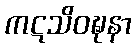
ကဋသိဝဍ္ဎနာ